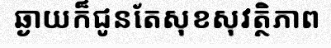
ឆ្ងាយក៏ជូនតែសុខសុវត្ថិភាព